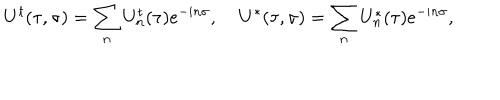
U ^ { t } ( \tau , \sigma ) = \sum _ { n } U _ { n } ^ { t } ( \tau ) e ^ { - i n \sigma } , \; U ^ { * } ( \tau , \sigma ) = \sum _ { n } U _ { n } ^ { * } ( \tau ) e ^ { - i n \sigma } ,